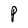
Character: P